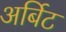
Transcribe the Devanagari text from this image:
अर्बिट